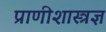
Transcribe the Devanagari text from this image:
प्राणीशास्त्रज्ञ